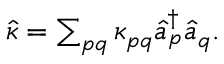
\begin{array} { r } { \hat { \kappa } = \sum _ { p q } { \kappa _ { p q } \hat { a } _ { p } ^ { \dagger } \hat { a } _ { q } } . } \end{array}